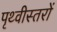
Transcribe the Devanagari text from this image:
पृथ्वीस्तरों